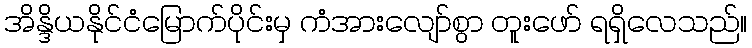
အိန္ဒိယနိုင်ငံမြောက်ပိုင်းမှ ကံအားလျော်စွာ တူးဖော် ရရှိလေသည်။